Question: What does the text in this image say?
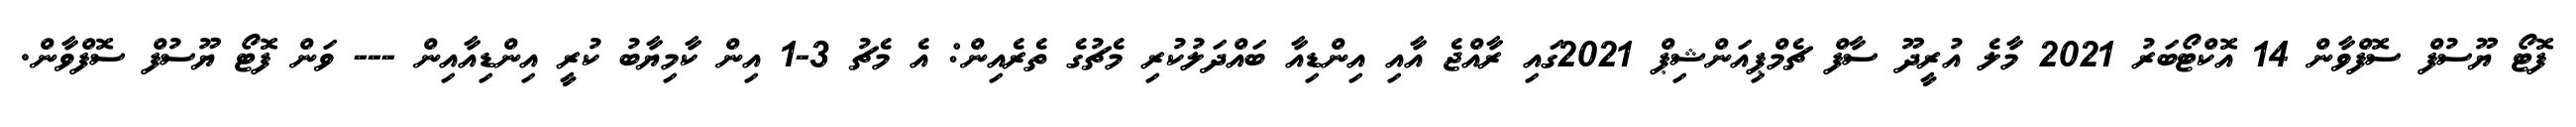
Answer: ފޮޓޯ ޔޫސުފް ސޮފްވާން 14 އޮކްޓޯބަރު 2021 މާލެ އުރީދޫ ސާފް ޗެމްޕިއަންޝިޕް 2021ގައި ރާއްޖެ އާއި އިންޑިއާ ބައްދަލުކުރި މެޗުގެ ތެރެއިން: އެ މެޗު 3-1 އިން ކާމިޔާބު ކުރީ އިންޑިއާއިން --- ވަން ފޮޓޯ ޔޫސުފް ސޮފްވާން.